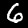
Digit: 6